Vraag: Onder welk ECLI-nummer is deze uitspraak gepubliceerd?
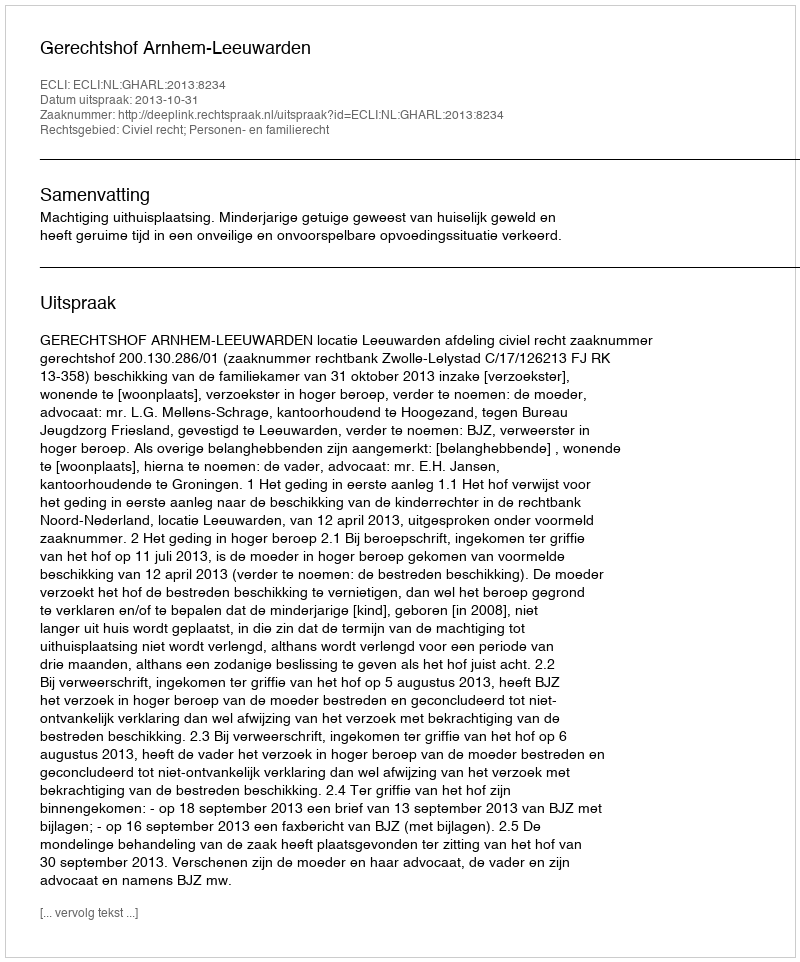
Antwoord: ECLI:NL:GHARL:2013:8234